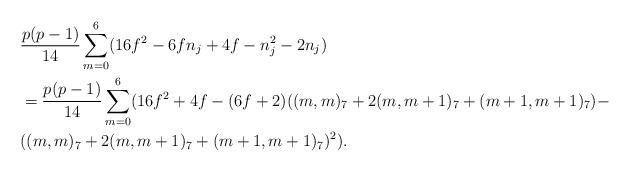
LaTeX: \begin{align*}&\frac{p(p-1)}{14}\sum_{m=0}^{6}(16f^{2}-6fn_{j}+4f-n_{j}^{2}-2n_{j})\\&=\frac{p(p-1)}{14}\sum_{m=0}^{6}(16f^{2}+4f-(6f+2)((m,m)_{7}+2(m,m+1)_{7}+(m+1,m+1)_{7})-\\&((m,m)_{7}+2(m,m+1)_{7}+(m+1,m+1)_{7})^{2}).\end{align*}